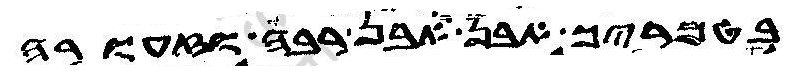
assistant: בטמריך אבן ואבן רבה וזעורה